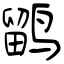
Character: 鹠